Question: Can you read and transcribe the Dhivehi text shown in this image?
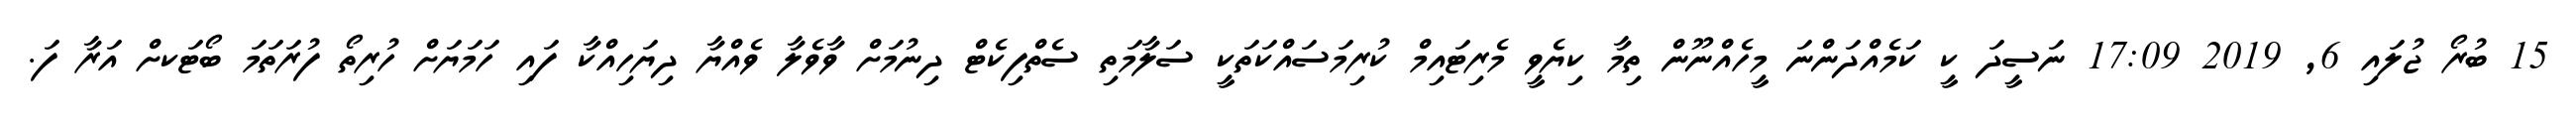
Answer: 15 ބުރޯ ޖުލައި 6, 2019 17:09 ނަސީދަ ކީ ކަމެއްދަންނަ މީހެއްނޫން ތިމާ ކިޔެވީ މެރިޓައިމް ކުރިމަސައްކަތަކީ ސަލާމަތި ސެތްފިކެޓް ދިނުމަށް ވާވެލާ ވެއްޔާ ދިޔަހިއްކާ ފައި ހަމަޔަށް ހުރިތޯ ފުރަތަމަ ބޯޓަކށް އަރާ ފަ.